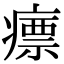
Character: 瘭